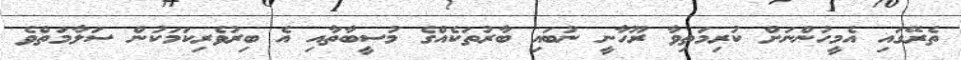
ތެރޭގައި އެމީހުންނަށް ކުރިމަތިވާ ރޫހާނީ ނުބައި ބާރުތަކެއްގެ މުސީބާތާއި އެ ބިރުވެރިކަމަކުން ސަލާމަތްވެ